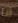
أنا